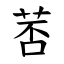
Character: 䓏